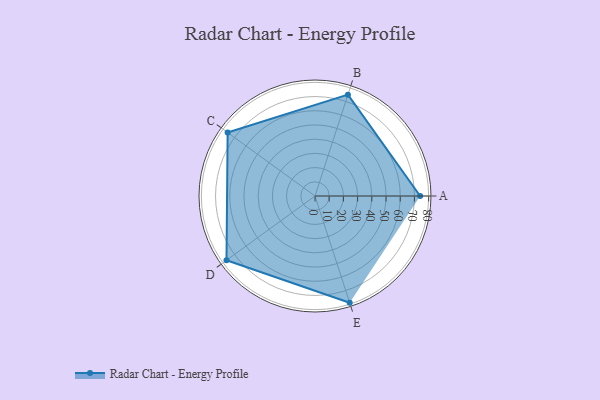
{"axis": {"x": "Skill", "y": "Score"}, "legend": ["Profile"], "data": [{"x": "A", "y": 74.0, "type": "Profile"}, {"x": "B", "y": 75.0, "type": "Profile"}, {"x": "C", "y": 76.0, "type": "Profile"}, {"x": "D", "y": 77.0, "type": "Profile"}, {"x": "E", "y": 79.0, "type": "Profile"}]}